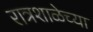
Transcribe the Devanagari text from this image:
रात्रशाळेच्या